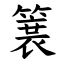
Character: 簔